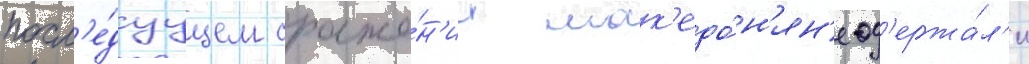
посл'е́дуущем сраже́н'ии мак'едо́н'ян'е од'ержа́л'и